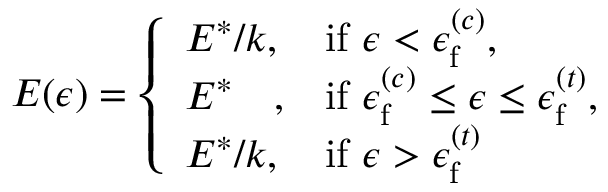
E ( \epsilon ) = \left\{ \begin{array} { l l } { E ^ { * } / k , } & { \mathrm { i f ~ } \epsilon < \epsilon _ { \mathrm { f } } ^ { ( c ) } , } \\ { E ^ { * } { \, \, \, \, \, \, } , } & { \mathrm { i f ~ } \epsilon _ { \mathrm { f } } ^ { ( c ) } \leq \epsilon \leq \epsilon _ { \mathrm { f } } ^ { ( t ) } , } \\ { E ^ { * } / k , } & { \mathrm { i f ~ } \epsilon > \epsilon _ { \mathrm { f } } ^ { ( t ) } } \end{array} \right.